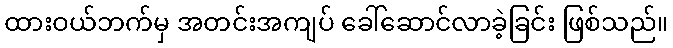
ထားဝယ်ဘက်မှ အတင်းအကျပ် ခေါ်ဆောင်လာခဲ့ခြင်း ဖြစ်သည်။